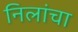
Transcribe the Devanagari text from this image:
निलांचा